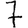
Digit: 7